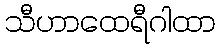
သီဟာထေရီဂါထာ